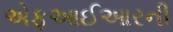
એફઆઈઆરની